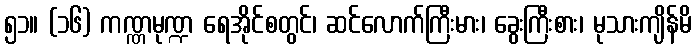
၅၁။ (၁၆) ကဏ္ဏမုဏ္ဍ ရေအိုင်စတွင်၊ ဆင်လောက်ကြီးမား၊ ခွေးကြီးစား၊ မုသားကျိန်မိ